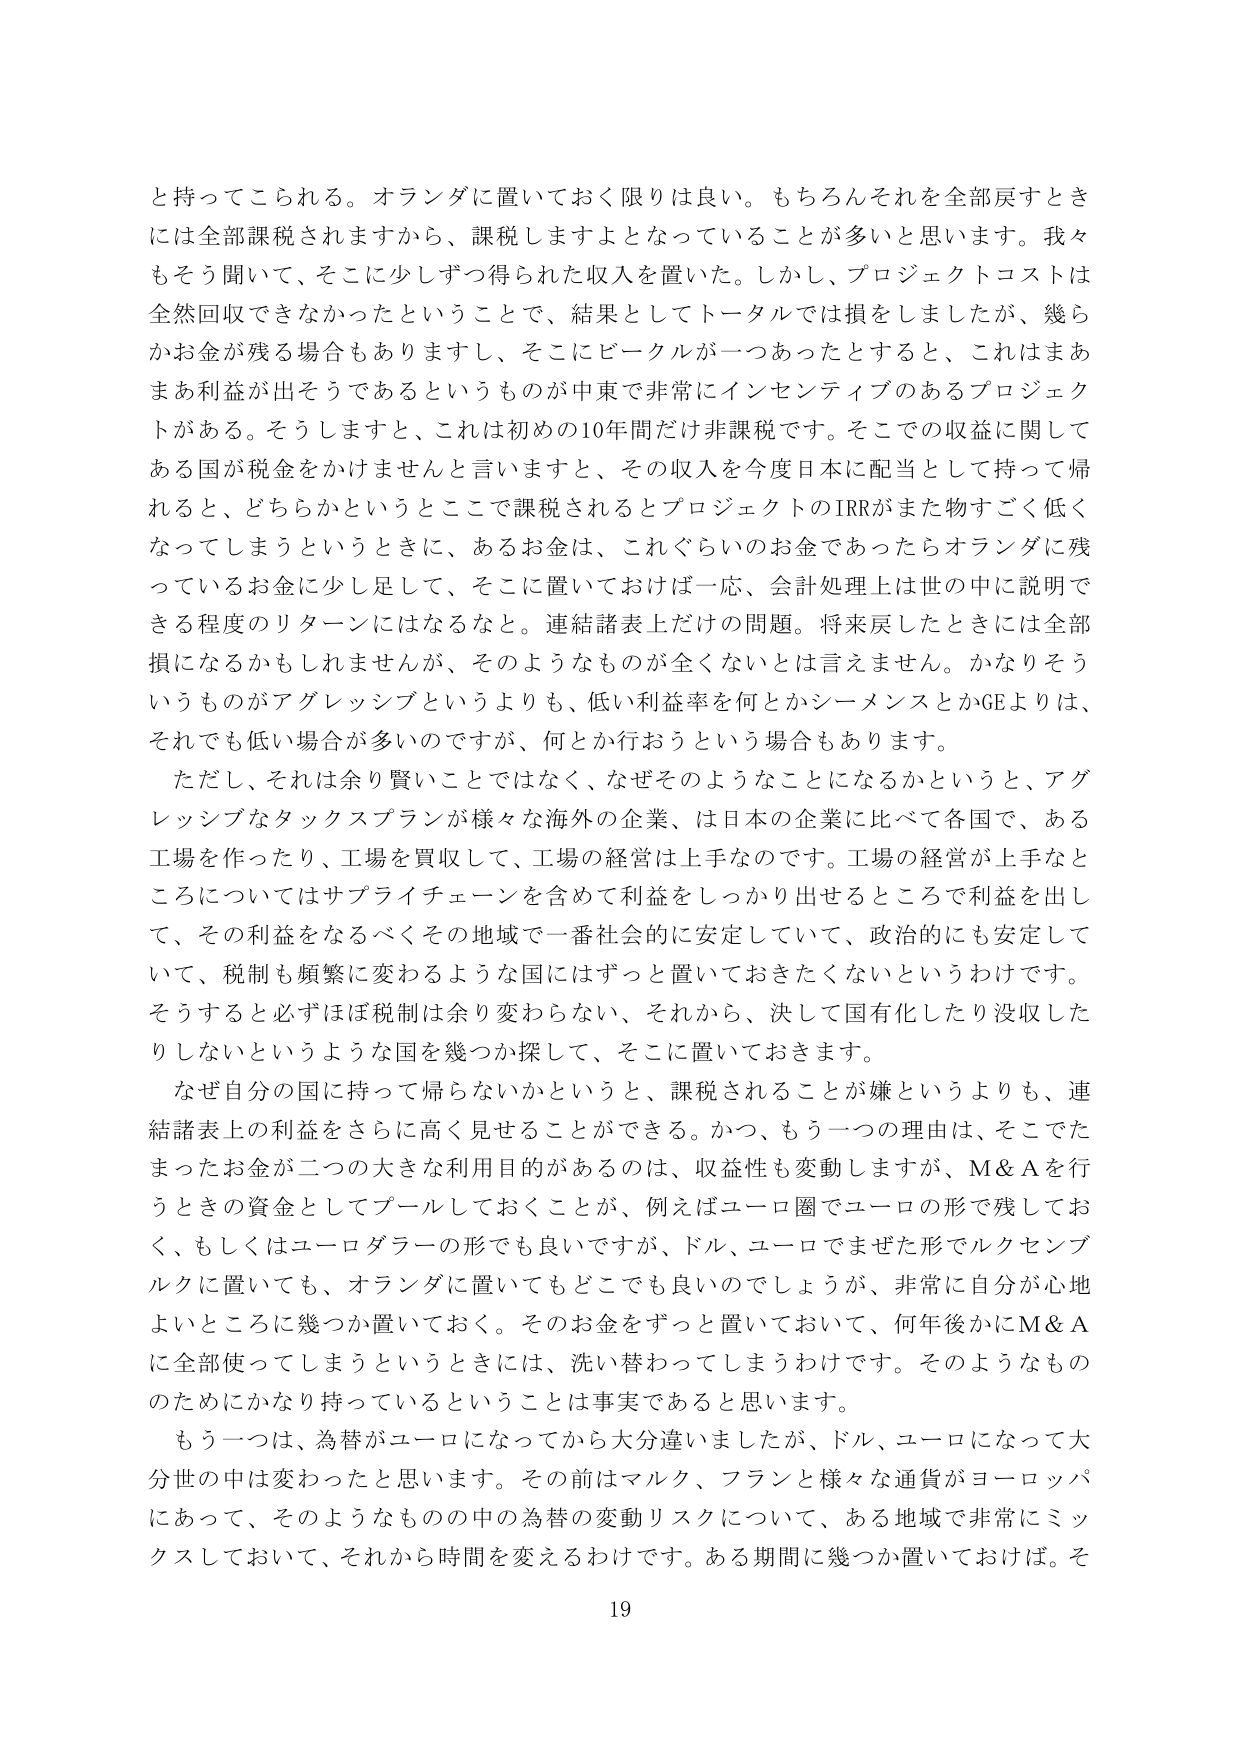
と持ってこられる。オランダに置いておく限りは良い。もちろんそれを全部戻すときには全部課税されますから、課税しますよとなっていることが多いと思います。我々もそう聞いて、そこに少しずつ得られた収入を置いた。しかし、プロジェクトコストは全然回収できなかったということで、結果としてトータルでは損をしましたが、幾らかお金が残る場合もありますし、そこにビークルが一つあったとすると、これはまあまあ利益が出そうであるというものが中東で非常にインセンティブのあるプロジェクトがある。そうしますと、これは初めの10年間だけ非課税です。そこでの収益に関してある国が税金をかけませんと言いますと、その収入を今度日本に配当として持って帰れると、どちらかというとここで課税されるとプロジェクトのIRRがまた物すごく低くなってしまうというときに、あるお金は、これぐらいのお金であったらオランダに残っているお金に少し足して、そこに置いておけば一応、会計処理上は世の中に説明できる程度のリターンにはなるなと。連結諸表上だけの問題。将来戻したときには全部損になるかもしれませんが、そのようなものが全くないとは言えません。かなりそういうものがアグレッシブというよりも、低い利益率を何とかシーメンスとかGEよりは、それでも低い場合が多いのですが、何とか行おうという場合もあります。

ただし、それは余り賢いことではなく、なぜそのようなことになるかというと、アグレッシブなタックスプランが様々な海外の企業、は日本の企業に比べて各国で、ある工場を作ったり、工場を買収して、工場の経営は上手なのです。工場の経営が上手なところについてはサプライチェーンを含めて利益をしっかり出せるところで利益を出して、その利益をなるべくその地域で一番社会的に安定していて、政治的にも安定していて、税制も頻繁に変わるような国にはずっと置いておきたくないというわけです。そうすると必ずほぼ税制は余り変わらない、それから、決して国有化したり没収したりしないというような国を幾つか探して、そこに置いておきます。

なぜ自分の国に持って帰らないかというと、課税されることが嫌というよりも、連結諸表上の利益をさらに高く見せることができる。かつ、もう一つの理由は、そこでたまったお金が二つの大きな利用目的があるのは、収益性も変動しますが、M＆Aを行うときの資金としてプールしておくことが、例えばユーロ圏でユーロの形で残しておく、もしくはユーロダラーの形でも良いですが、ドル、ユーロでまぜた形でルクセンブルクに置いても、オランダに置いてもどこでも良いのでしょうが、非常に自分が心地よいところに幾つか置いておく。そのお金をずっと置いておいて、何年後かにM＆Aに全部使ってしまうというときには、洗い替わってしまうわけです。そのようなもののためにかなり持っているということは事実であると思います。

もう一つは、為替がユーロになってから大分違いましたが、ドル、ユーロになって大分世の中は変わったと思います。その前はマルク、フランと様々な通貨がヨーロッパにあって、そのようなものの中の為替の変動リスクについて、ある地域で非常にミックスしておいて、それから時間を変えるわけです。ある期間に幾つか置いておけば。そ

19